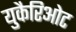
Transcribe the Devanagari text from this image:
युकैरिओट